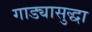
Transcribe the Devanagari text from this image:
गाड्यासुद्धा